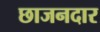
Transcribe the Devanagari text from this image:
छाजनदार